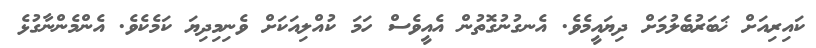
ކައިރިއަށް ޚަބަރުބެލުމަށް ދިޔައީމެވެ. އެނގުނުގޮތުން އެއީވެސް ހަމަ ކުއްލިއަކަށް ވެނިމިދިޔަ ކަމެކެވެ. އެންމެންނާގުޅެ